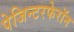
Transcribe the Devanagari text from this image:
पेजिन्टरफेरॉन